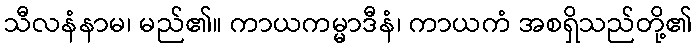
သီလနံနာမ၊ မည်၏။ ကာယကမ္မာဒီနံ၊ ကာယကံ အစရှိသည်တို့၏